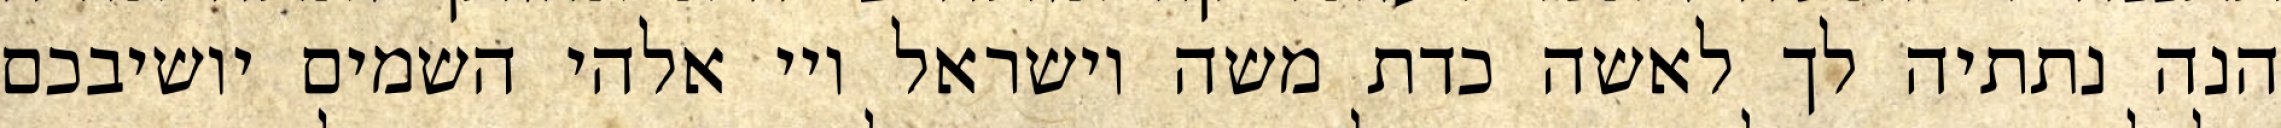
הנה נתתיה לך לאשה כדת משה וישראל ויי אלהי השמים יושיבכם